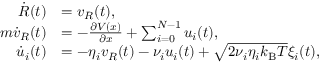
\begin{array} { r l } { \dot { R } ( t ) } & { = v _ { R } ( t ) , } \\ { m \dot { v } _ { R } ( t ) } & { = - \frac { \partial V ( x ) } { \partial x } + \sum _ { i = 0 } ^ { N - 1 } u _ { i } ( t ) , } \\ { \dot { u } _ { i } ( t ) } & { = - \eta _ { i } v _ { R } ( t ) - \nu _ { i } u _ { i } ( t ) + \sqrt { 2 \nu _ { i } \eta _ { i } k _ { \mathrm { B } } T } \xi _ { i } ( t ) , } \end{array}